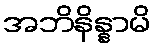
အဘိနိန္နာမိ